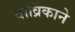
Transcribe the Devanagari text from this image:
वाव्रिंकाने